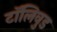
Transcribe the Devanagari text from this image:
टॉलिवुड